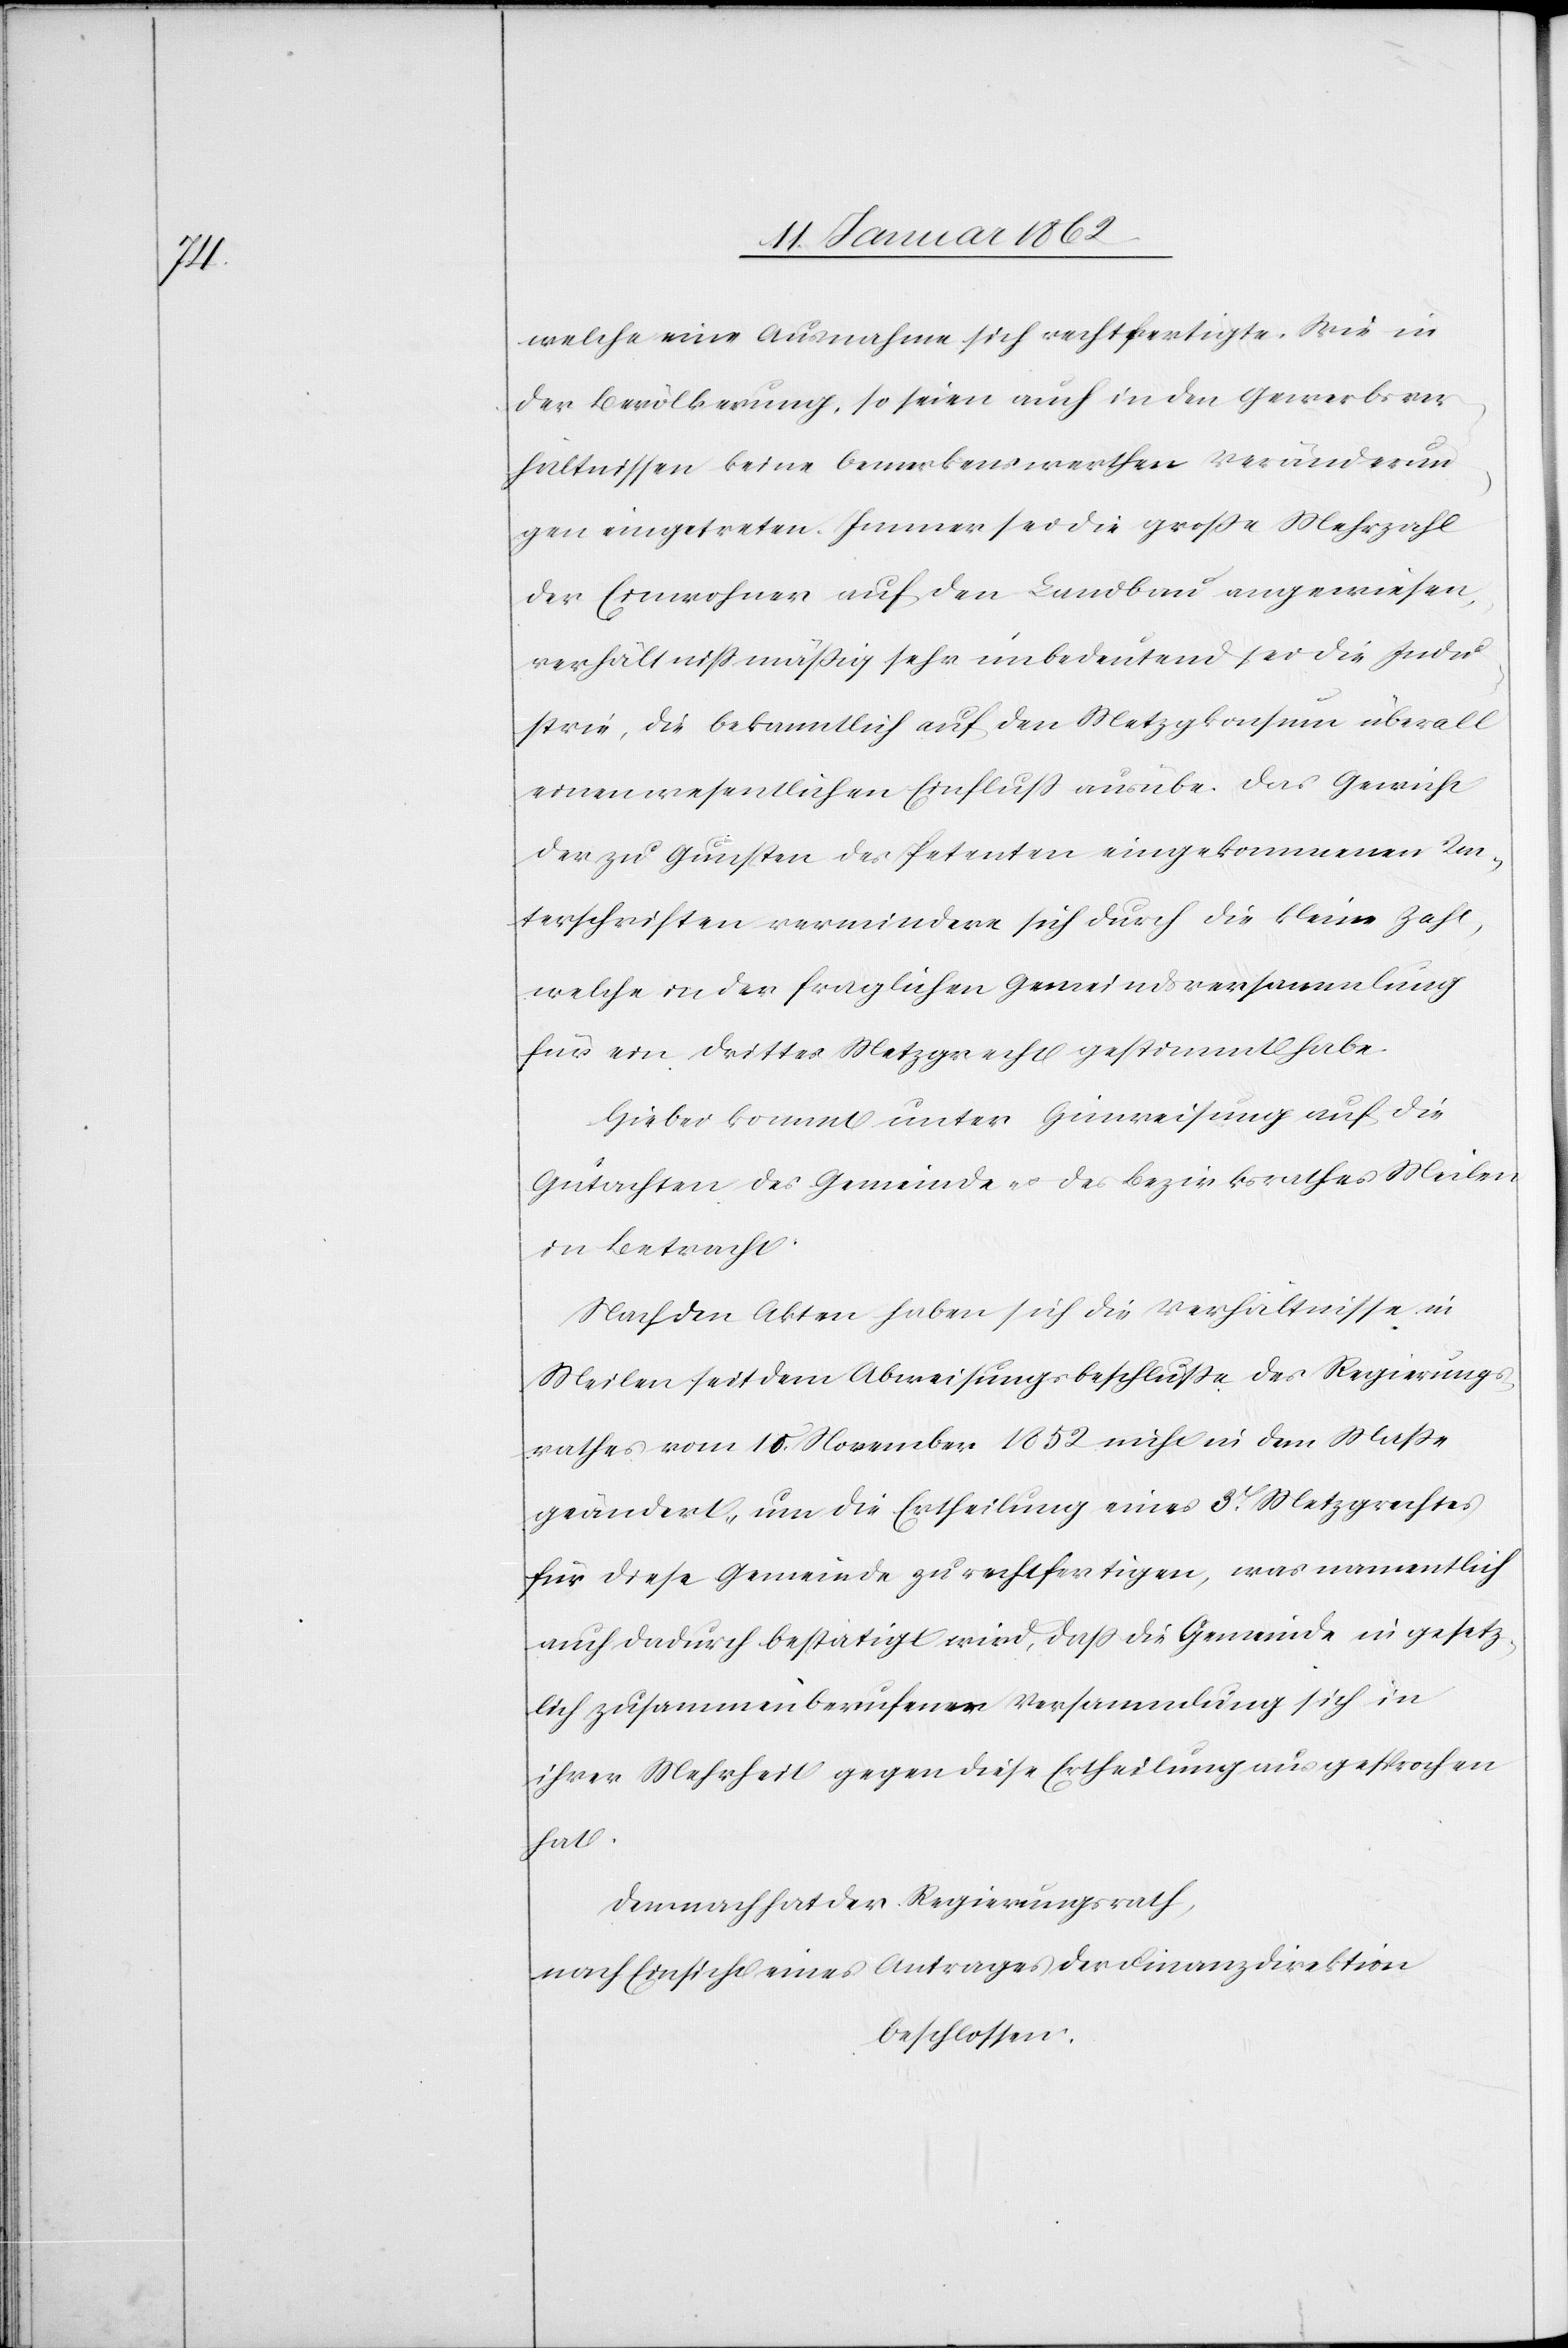
welche eine Ausnahme sich rechtfertigte. Wie in
der Bevölkerung, so seien auch in den Gewerbsver¬
hältnissen keine bemerkenswerthen Veränderun¬
gen eingetreten. Immer sei die große Mehrzahl
der Einwohner auf den Landbau angewiesen,
verhältnißmäßig sehr unbedeutend sei die Indu¬
strie, die bekanntlich auf den Metzgkonsum überall
einen wesentlichen Einfluß ausübe. Das Gewicht
der zu Gunsten des Petenten eingekommenen Un¬
terschriften vermindere sich durch die kleine Zahl,
welche in der fraglichen Gemeindsversammlung
für ein drittes Metzgrecht gestimmt habe.
Hiebei kommt unter Hinweisung auf die
Gutachten des Gemeinde- u. des Bezirksrathes Meilen
in Betracht
Nach den Akten haben sich die Verhältnisse in
Meilen seit dem Abweisungsbeschluße des Regierungs¬
rathes vom 10. November 1852 nicht in dem Maße
geändert, um die Ertheilung eines 3. Metzgrechtes
für diese Gemeinde zu rechtfertigen, was namentlich
auch dadurch bestätigt wird, daß die Gemeinde in gesetz¬
lich zusammenberufener Versammlung sich in
ihrer Mehrheit gegen diese Ertheilung ausgesprochen
hat.
Demnach hat der Regierungsrath,
nach Einsicht eines Antrages der Finanzdirektion
beschlossen,